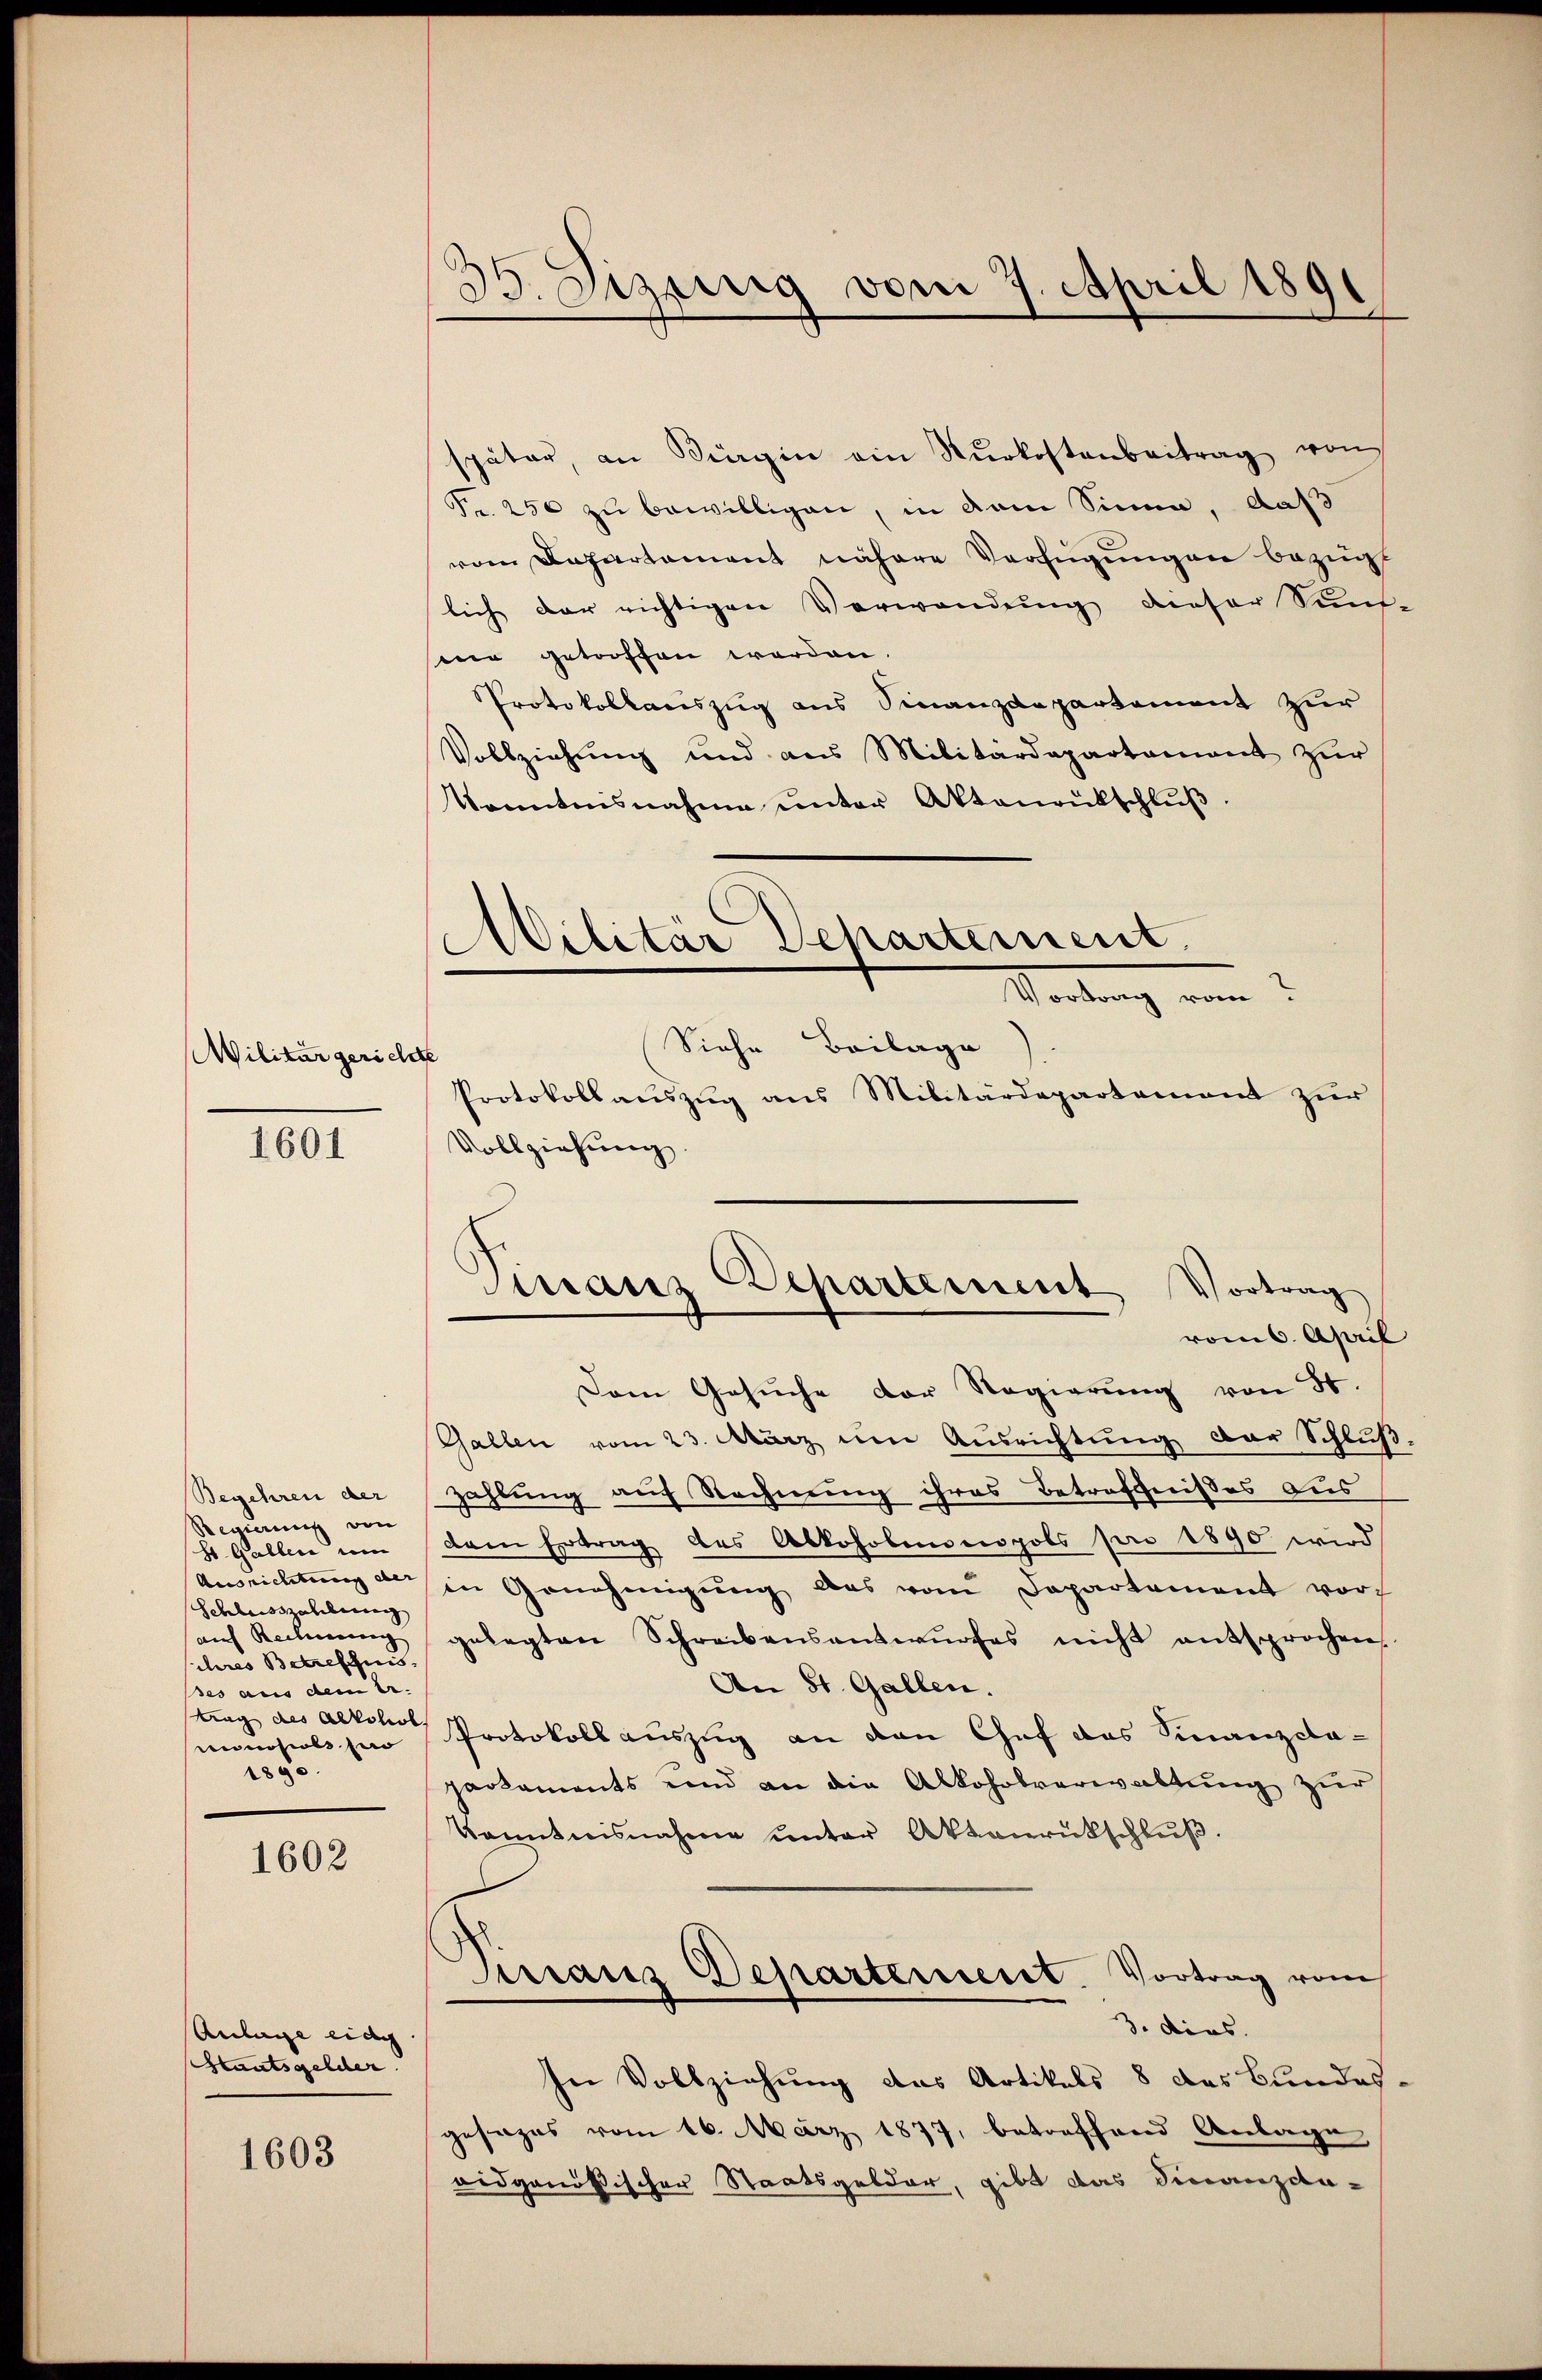
Militär gericht

1601

Begehren der
Regierung von
St. Gallen um
Ausrichtung der
Schleitszahlung
auf Rechnung
ihires Betreffnis
aus dem ertrag des Alkoliot
insuls ein
1890

1602

Anlage eidg
Hantsgelder.

1603

35. Dizung vom 7. April 1891
¬

Militär Departement.

später, an Bürgen ein Nŭrkostenbeitrag von
Fr. 250 zu bewilligen, in dem Sinne, daß
vom Departament nähere Verfügungen bezügt
lich der richtigen Verwendŭng dieser Sŭnf
wer getroffen worden.
Protokollauszug aus Finanzdepartement zur
Vollziehung und aus Militärdepartament zur
konntnisnahme ŭnter Aktenantschlŭβ
Tordung vom 2
Siehe Beilage
e
Protokoll aŭszŭg ans Militärdepartement zŭr
Vollziehung
Dem Gesŭche der Regierŭng von St.
Gallen vom 23. März um Ausrichtung der Schluß
zahlung auf Rechnung ihres Betreffnisses aus
dem Ertrag des Abkoholmonopols pro 1890 wird
in Genehmigŭng das vom Departement vor
gelegten Schreibensantwŭrfes nicht entsprochen.
An St. Gallen.
Protokoll auszug an den Chef das Finanzcla-
parkaments und an die Alkoholverwaltŭng zur
kanntnisnahme ŭnter Aktenrückschlŭβ.
Franz Departement. Vortrag vom
3. dies. |
In Vollziehung des Artikels 8 des Bundes,
gesages vom 16. März 1877, betreffend Anlage
eidgenößischer Staatsgelder, gibt das Finanzdi¬

man Departement Vortrag
vom 6. April